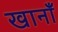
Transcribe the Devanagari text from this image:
खानाँ